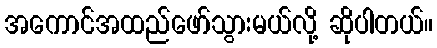
အကောင်အထည်ဖော်သွားမယ်လို့ ဆိုပါတယ်။